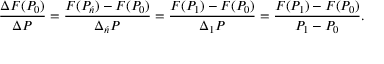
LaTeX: { \frac { \Delta F ( P _ { 0 } ) } { \Delta P } } = { \frac { F ( P _ { \acute { n } } ) - F ( P _ { 0 } ) } { \Delta _ { \acute { n } } P } } = { \frac { F ( P _ { 1 } ) - F ( P _ { 0 } ) } { \Delta _ { 1 } P } } = { \frac { F ( P _ { 1 } ) - F ( P _ { 0 } ) } { P _ { 1 } - P _ { 0 } } } . \,